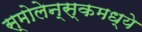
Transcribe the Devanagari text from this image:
स्मोलेन्स्कमध्ये